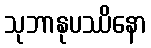
သုဘာနုပဿိနော